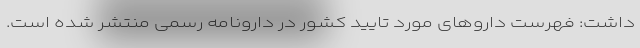
داشت: فهرست داروهای مورد تایید کشور در دارونامه رسمی منتشر شده است.